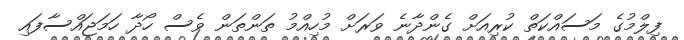
ފިލްމުގެ މަސައްކަތް ކުރިއަށް ގެންދާނެ ވަރަށް މުހިއްމު ތަންތަން ވެސް ހޯދާ ހަމަޖައްސާފައި